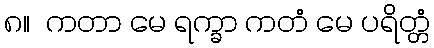
၈။  ကတာ မေ ရက္ခာ ကတံ မေ ပရိတ္တံ